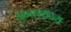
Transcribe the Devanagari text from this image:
अन्तरराज्य